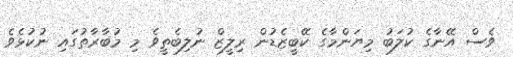
ވެސް އޭނާގެ ކުލަބު މިޔަންމާގެ ކޭބީޒެޑުން ރިލީޒް ނުލިބެތީވެ މި މުބާރާތުގައި ނުކުޅެވެ